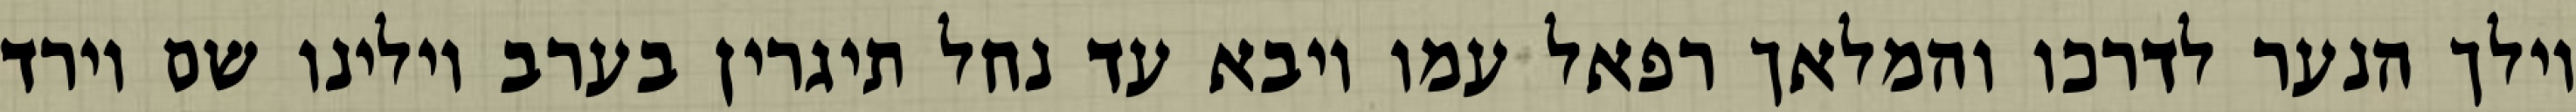
וילך הנער לדרכו והמלאך רפאל עמו ויבא עד נחל תיגרין בערב וילינו שם וירד